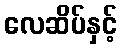
လေဆိပ်နှင့်